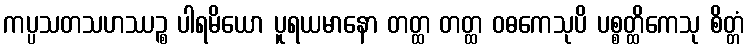
ကပ္ပသတသဟဿဉ္စ ပါရမိယော ပူရယမာနော တတ္ထ တတ္ထ ဝဓကေသုပိ ပစ္စတ္ထိကေသု စိတ္တံ